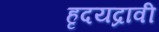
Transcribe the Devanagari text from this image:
हृदयद्रावी